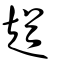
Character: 趥